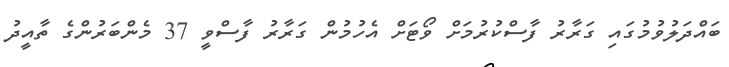
ބައްދަލުވުމުގައި ގަރާރު ފާސްކުރުމަށް ވޯޓަށް އެހުމުން ގަރާރު ފާސްވީ 37 މެންބަރުންގެ ތާއީދު